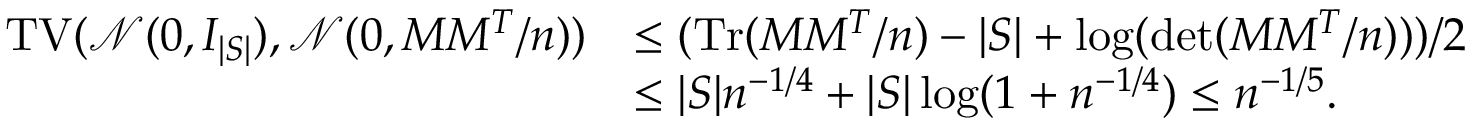
\begin{array} { r l } { \operatorname { T V } ( \mathcal { N } ( 0 , I _ { | S | } ) , \mathcal { N } ( 0 , M M ^ { T } / n ) ) } & { \le ( \operatorname { T r } ( M M ^ { T } / n ) - | S | + \log ( \operatorname* { d e t } ( M M ^ { T } / n ) ) ) / 2 } \\ & { \le | S | n ^ { - 1 / 4 } + | S | \log ( 1 + n ^ { - 1 / 4 } ) \le n ^ { - 1 / 5 } . } \end{array}